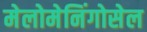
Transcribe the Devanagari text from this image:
मेलोमेनिंगोसेल